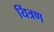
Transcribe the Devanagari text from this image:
यिंत्रण